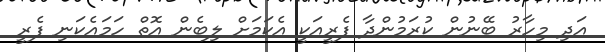
އަދި މިހާރު ބޭނުން ކުރަމުންދާ ފެރީއަކީ އެކަމަށް ލިބެން އޮތް ހަމައެކަނި ފެރީ